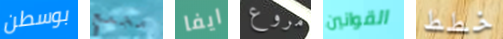
بوسطن مجمع ايفا مروع القوانين خطط